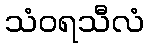
သံဝရသီလံ